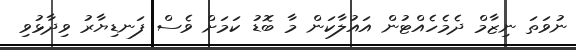
ނުވަތަ ނިޒާމް ދެމެހެއްޓުން އައުލާކަން މާ ބޮޑު ކަމަށް ވެސް ފަނޑިޔާރު ވިދާޅުވި